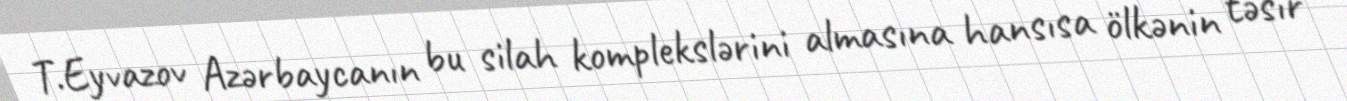
T.Eyvazov Azərbaycanın bu silah komplekslərini almasına hansısa ölkənin təsir